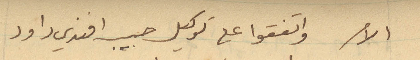
الامر واتفقوا على توكيل حبيب افندي داود